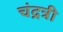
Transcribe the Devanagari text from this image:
चंद्रत्री